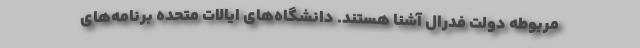
مربوطه دولت فدرال آشنا هستند. دانشگاه‌های ایالات متحده برنامه‌های